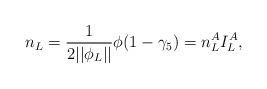
LaTeX: \begin{align*}n_L=\frac 1{2||\phi _L||}\phi (1-\gamma _5)=n_L^AI_L^A, \end{align*}